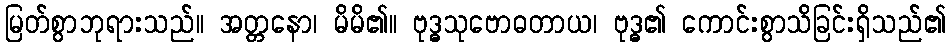
မြတ်စွာဘုရားသည်။ အတ္တနော၊ မိမိ၏။ ဗုဒ္ဓသုဗောဓတာယ၊ ဗုဒ္ဓ၏ ကောင်းစွာသိခြင်းရှိသည်၏